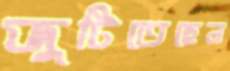
জুটিতেছেন